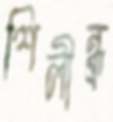
শিলীন্ধ্র